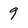
Character: 9